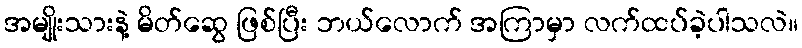
အမျိုးသားနဲ့ မိတ်ဆွေ ဖြစ်ပြီး ဘယ်လောက် အကြာမှာ လက်ထပ်ခဲ့ပါသလဲ။